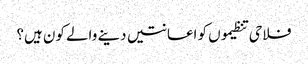
فلاحی تنظیموں کو اعانتیں دینے والے کون ہیں؟